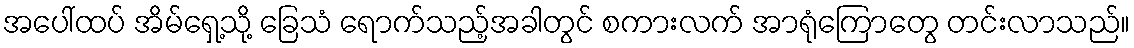
အပေါ်ထပ် အိမ်ရှေ့သို့ ခြေသံ ရောက်သည့်အခါတွင် စကားလက် အာရုံကြောတွေ တင်းလာသည်။